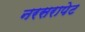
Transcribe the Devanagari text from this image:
नरसरापेट